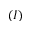
( I )